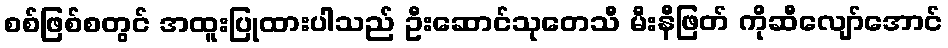
စစ်ဖြစ်စတွင် အထူးပြုထားပါသည် ဦးဆောင်သုတေသီ မီးနီဖြတ် ကိုဆီလျော်အောင်